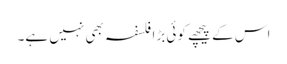
اس کے پیچھے کوئی بڑا فلسفہ بھی نہیں ہے۔